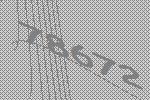
78672